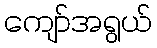
ကျော်အရွယ်